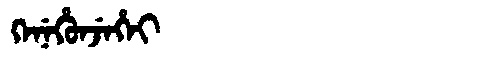
Manchu: ᡴᡝᠨᡝᡥᡠᠨᠵᡝᡥᡝᡳ
Romanization: KENEHUNJEHEI